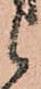
候